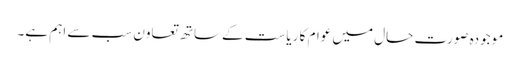
موجودہ صورت حال میں عوام کا ریاست کےساتھ تعاون سب سے اہم ہے۔